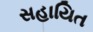
સહાયિત